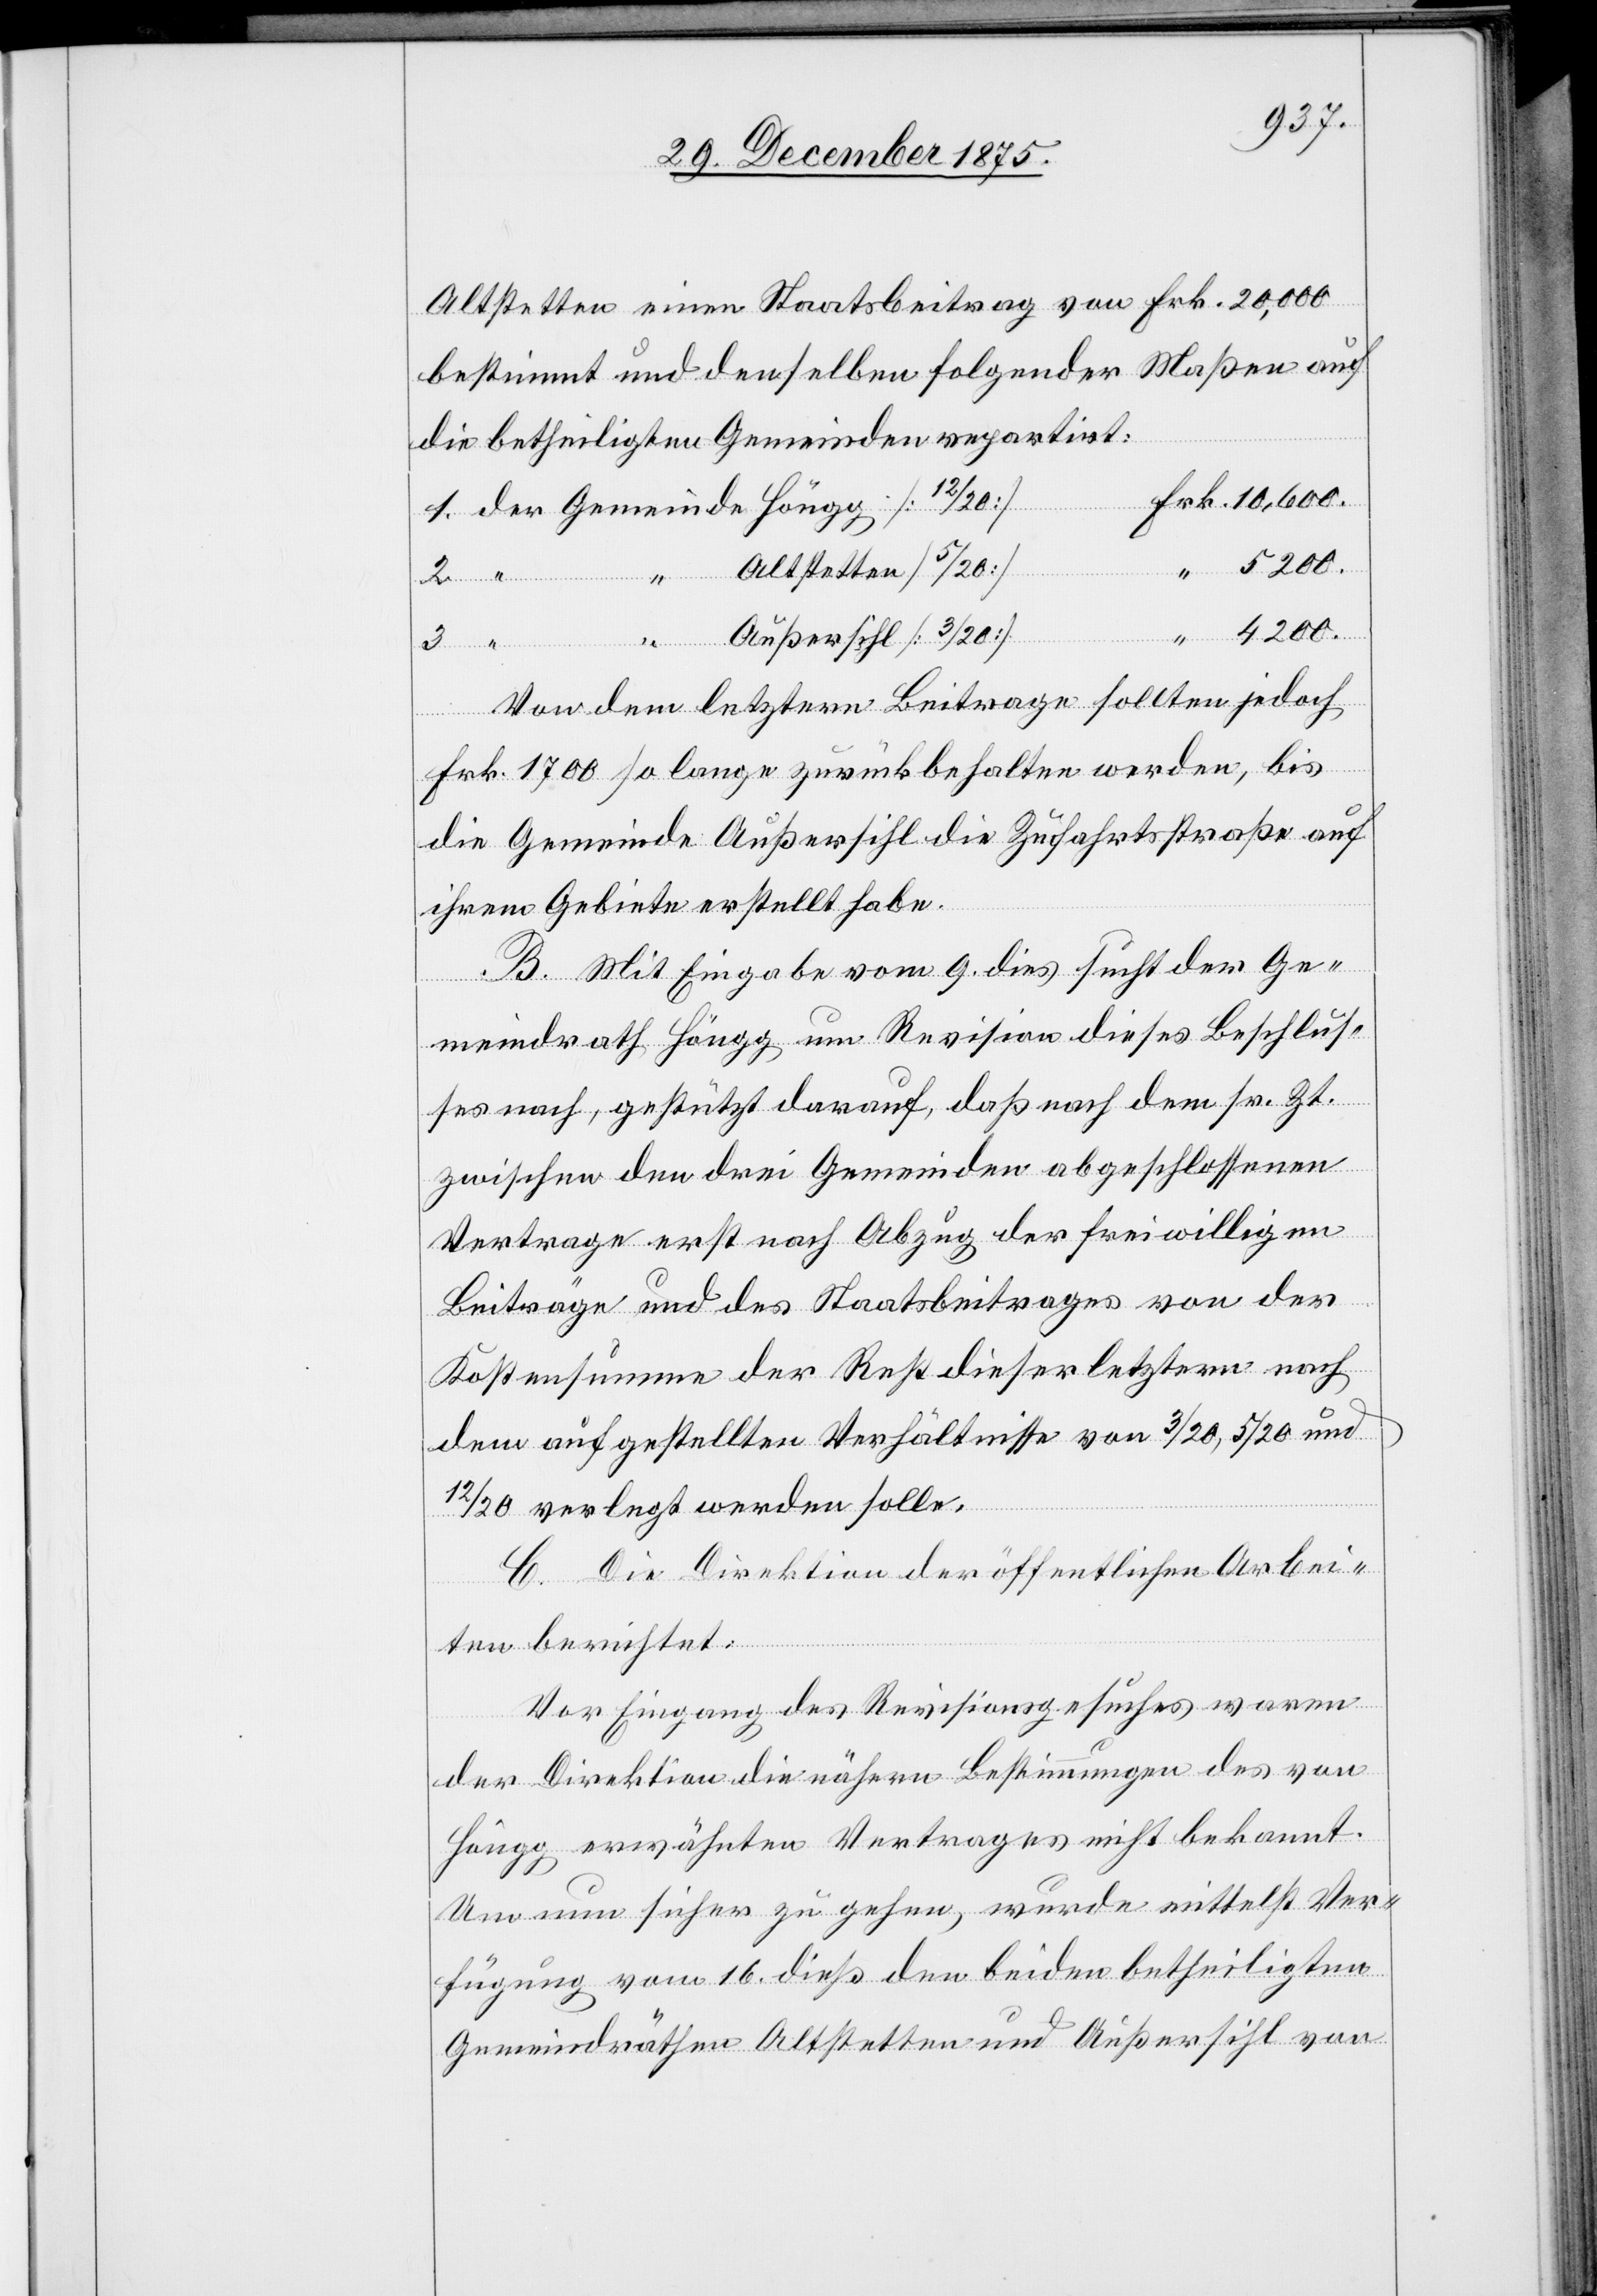
Altstetten einen Staatsbeitrag von Frk. 20,000
bestimmt und denselben folgender Maßen auf
die betheiligten Gemeinden repartirt:
Altstetten
4200.
Von dem letztern Beitrage sollten jedoch
Frk. 1700 so lange zurückbehalten werden, bis
die Gemeinde Außersihl die Zufahrtsstraße auf
ihrem Gebiete erstellt habe.
B. Mit Eingabe vom 9. dies sucht der Ge¬
meindrath Höngg um Revision dieses Beschlus¬
ses nach, gestützt darauf, daß nach dem sr. Zt.
zwischen den drei Gemeinden abgeschlossenen
Vertrage erst nach Abzug der freiwilligen
Beiträge und des Staatsbeitrage von der
Kostensumme der Rest dieser letztern nach
dem aufgestellten Verhältnisse von 3/20, 5/20 und
der
12/20 verlegt werden solle.
C. Die Direktionen der öffentlichen Arbei¬
ten berichtet:
Vor Eingang des Revisionsgesuches waren
der Direktion die nähern Bestimmungen des von
Höngg erwähnten Vertrages nicht bekannt.
Um nun sicher zu gehen, wurde mittelst Ver¬
fügung vom 16. dieß den beiden betheiligten
Gemeindräthen Altstetten und Außersihl von